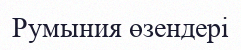
Румыния өзендері